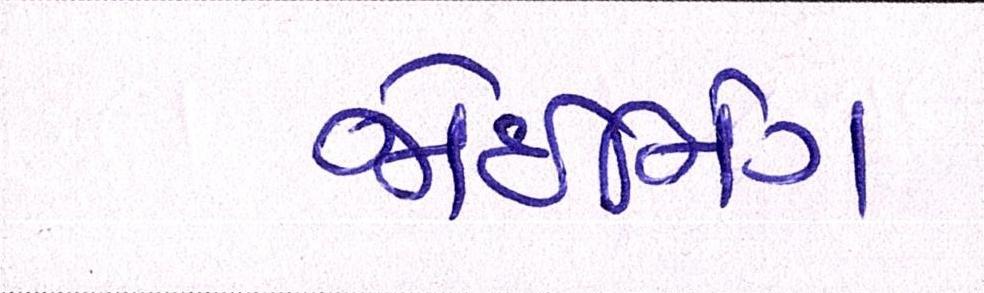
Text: જોઇનિંગ